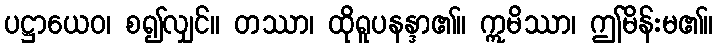
ပဋ္ဌာယေဝ၊ စ၍လျှင်။ တဿာ၊ ထိုရူပနန္ဒာ၏။ ဣမိဿာ၊ ဤမိန်းမ၏။